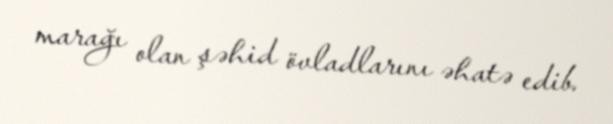
marağı olan şəhid övladlarını əhatə edib.